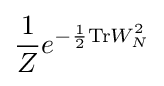
{\frac {1}{Z}}e^{-{\frac {1}{2}}\mathrm {Tr} W_{N}^{2}}